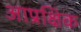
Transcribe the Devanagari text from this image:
आप्रक्षिक